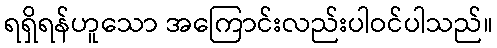
ရရှိရန်ဟူသော အကြောင်းလည်းပါဝင်ပါသည်။